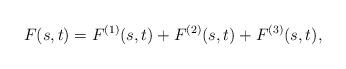
LaTeX: \begin{align*}F(s,t)=F^{(1)}(s,t)+ F^{(2)}(s,t)+ F^{(3)}(s,t),\end{align*}